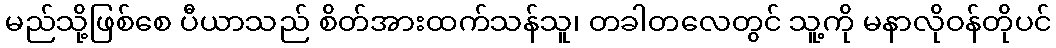
မည်သို့ဖြစ်စေ ပီယာသည် စိတ်အားထက်သန်သူ၊ တခါတလေတွင် သူ့ကို မနာလိုဝန်တိုပင်